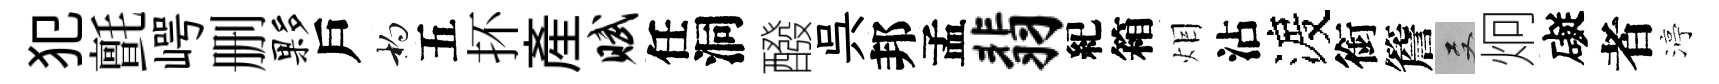
犯氈崿删夥戶杓五抔産赋任洞醱呉邦孟翡紀箱𤇆沾渡銜簷双炯礙者渟